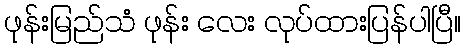
ဖုန်းမြည်သံ ဖုန်း လေး လုပ်ထားပြန်ပါပြီ။